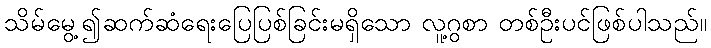
သိမ်မွေ့၍ဆက်ဆံရေးပြေပြစ်ခြင်းမရှိသော လူ့ဂွစာ တစ်ဦးပင်ဖြစ်ပါသည်။